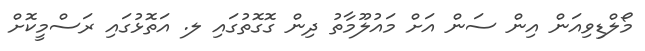
މޯލްޑިވިއަން އިން ސަން އަށް މައުލޫމާތު ދިން ގޮގޮތުގައި ލ. އަތޮޅުގައި ރަސްމީކޮށް